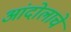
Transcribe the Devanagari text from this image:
आंदोलाचे